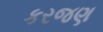
કરજણ